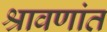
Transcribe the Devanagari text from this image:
श्रावणांत